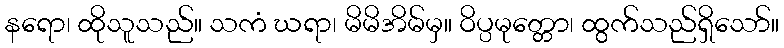
နရော၊ ထိုသူသည်။ သကံ ဃရာ၊ မိမိအိမ်မှ။ ဝိပ္ပမုတ္တော၊ ထွက်သည်ရှိသော်။